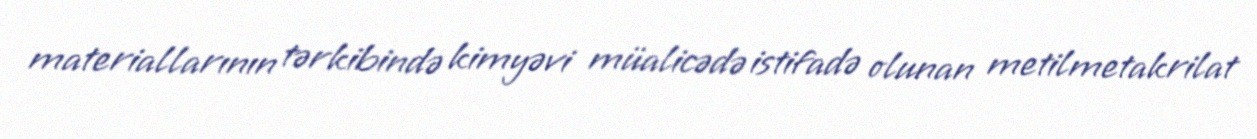
materiallarının tərkibində kimyəvi müalicədə istifadə olunan metilmetakrilat